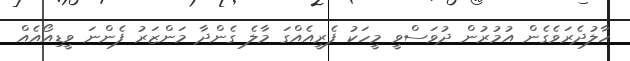
ހާލުދެރަވެގެން އުމުރުން ދުވަސްވީ މީހަކު ފެރީއެއްގަ މާލެ ގެންދާ މަންޒަރު ފެންނަ ވީޑިއޯއެއް